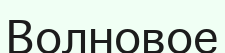
Волновое